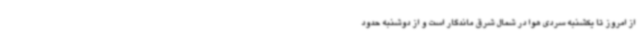
از امروز تا یکشنبه سردی هوا در شمال شرق ماندگار است و از دوشنبه حدود